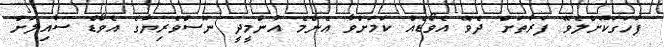
ފާހަގަކޮށްލެވޭ ފަރާތަށް ދެވޭ އެވޯޑެއް ކަމަށްވާ އެންމެ އުންމީދީ ނޫސްވެރިޔާގެ އެވޯޑް ސާއިލަށް